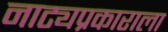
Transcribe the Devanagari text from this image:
नाट्यप्रकाराला